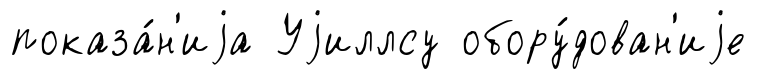
показа́н'иjа Уjиллсу обору́дован'иjе